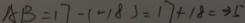
A B = 1 7 - ( - 1 8 ) = 1 7 + 1 8 = 3 5